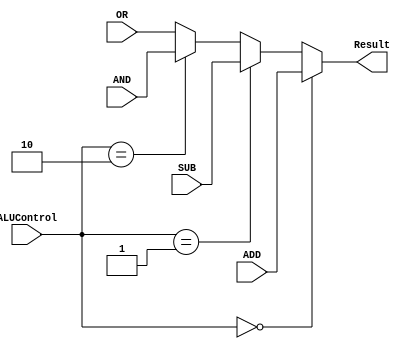
`timescale 1ns / 1ps
//////////////////////////////////////////////////////////////////////////////////
// Company: 
// Engineer: 
// 
// Design Name: 
// Module Name:    Deco 
// Project Name: 
// Target Devices: 
// Tool versions: 
// Description: 
//
// Dependencies: 
//
// Revision: 
// Revision 0.01 - File Created
// Additional Comments: 
//
//////////////////////////////////////////////////////////////////////////////////
module Deco(
    input[31:0] ADD,
    input[31:0] SUB, 
    input[31:0] AND,
    input[31:0] OR,
    input[1:0] ALUControl,
    output[31:0] Result
    );
assign Result = (ALUControl == 0)? ADD:
               (ALUControl == 1)? SUB:
					(ALUControl == 2)? AND:OR;


endmodule